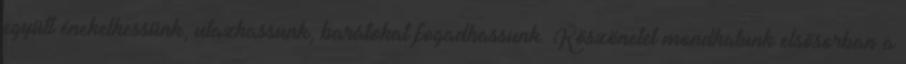
együtt énekelhessünk, utazhassunk, barátokat fogadhassunk. Köszönetet mondhatunk elsősorban a